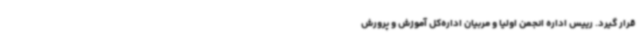
قرار گیرد. رییس اداره انجمن اولیا و مربیان اداره‌کل آموزش و پرورش